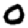
Digit: 0